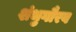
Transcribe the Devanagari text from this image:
शंभुगौरव